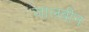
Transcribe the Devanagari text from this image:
जालबीन